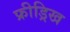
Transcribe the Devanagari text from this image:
फ्रीड्रिख